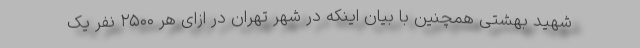
شهید بهشتی همچنین با بیان اینکه در شهر تهران در ازای هر ۲۵۰۰ نفر یک